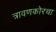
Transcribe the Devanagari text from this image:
त्रावणकोरचा